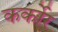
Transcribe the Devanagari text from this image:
कर्कोर